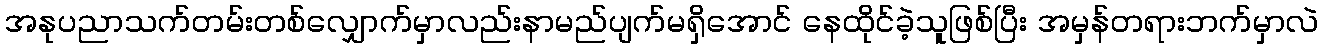
အနုပညာသက်တမ်းတစ်လျှောက်မှာလည်းနာမည်ပျက်မရှိအောင် နေထိုင်ခဲ့သူဖြစ်ပြီး အမှန်တရားဘက်မှာလဲ